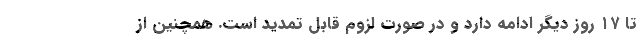
تا ۱۷ روز دیگر ادامه دارد و در صورت لزوم قابل تمدید است. همچنین از